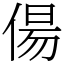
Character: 偒